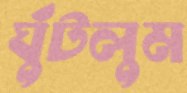
ঘুঁটলুম